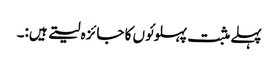
پہلے مثبت پہلوئوں کا جائزہ لیتے ہیں:۔